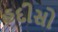
હદીસો